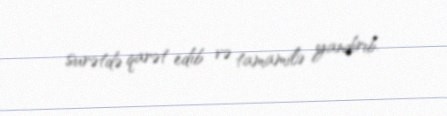
surətdə qarət edib və tamamilə yandırıb.